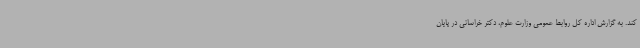
کند. به گزارش اداره کل روابط عمومی وزارت علوم، دکتر خراسانی در پایان